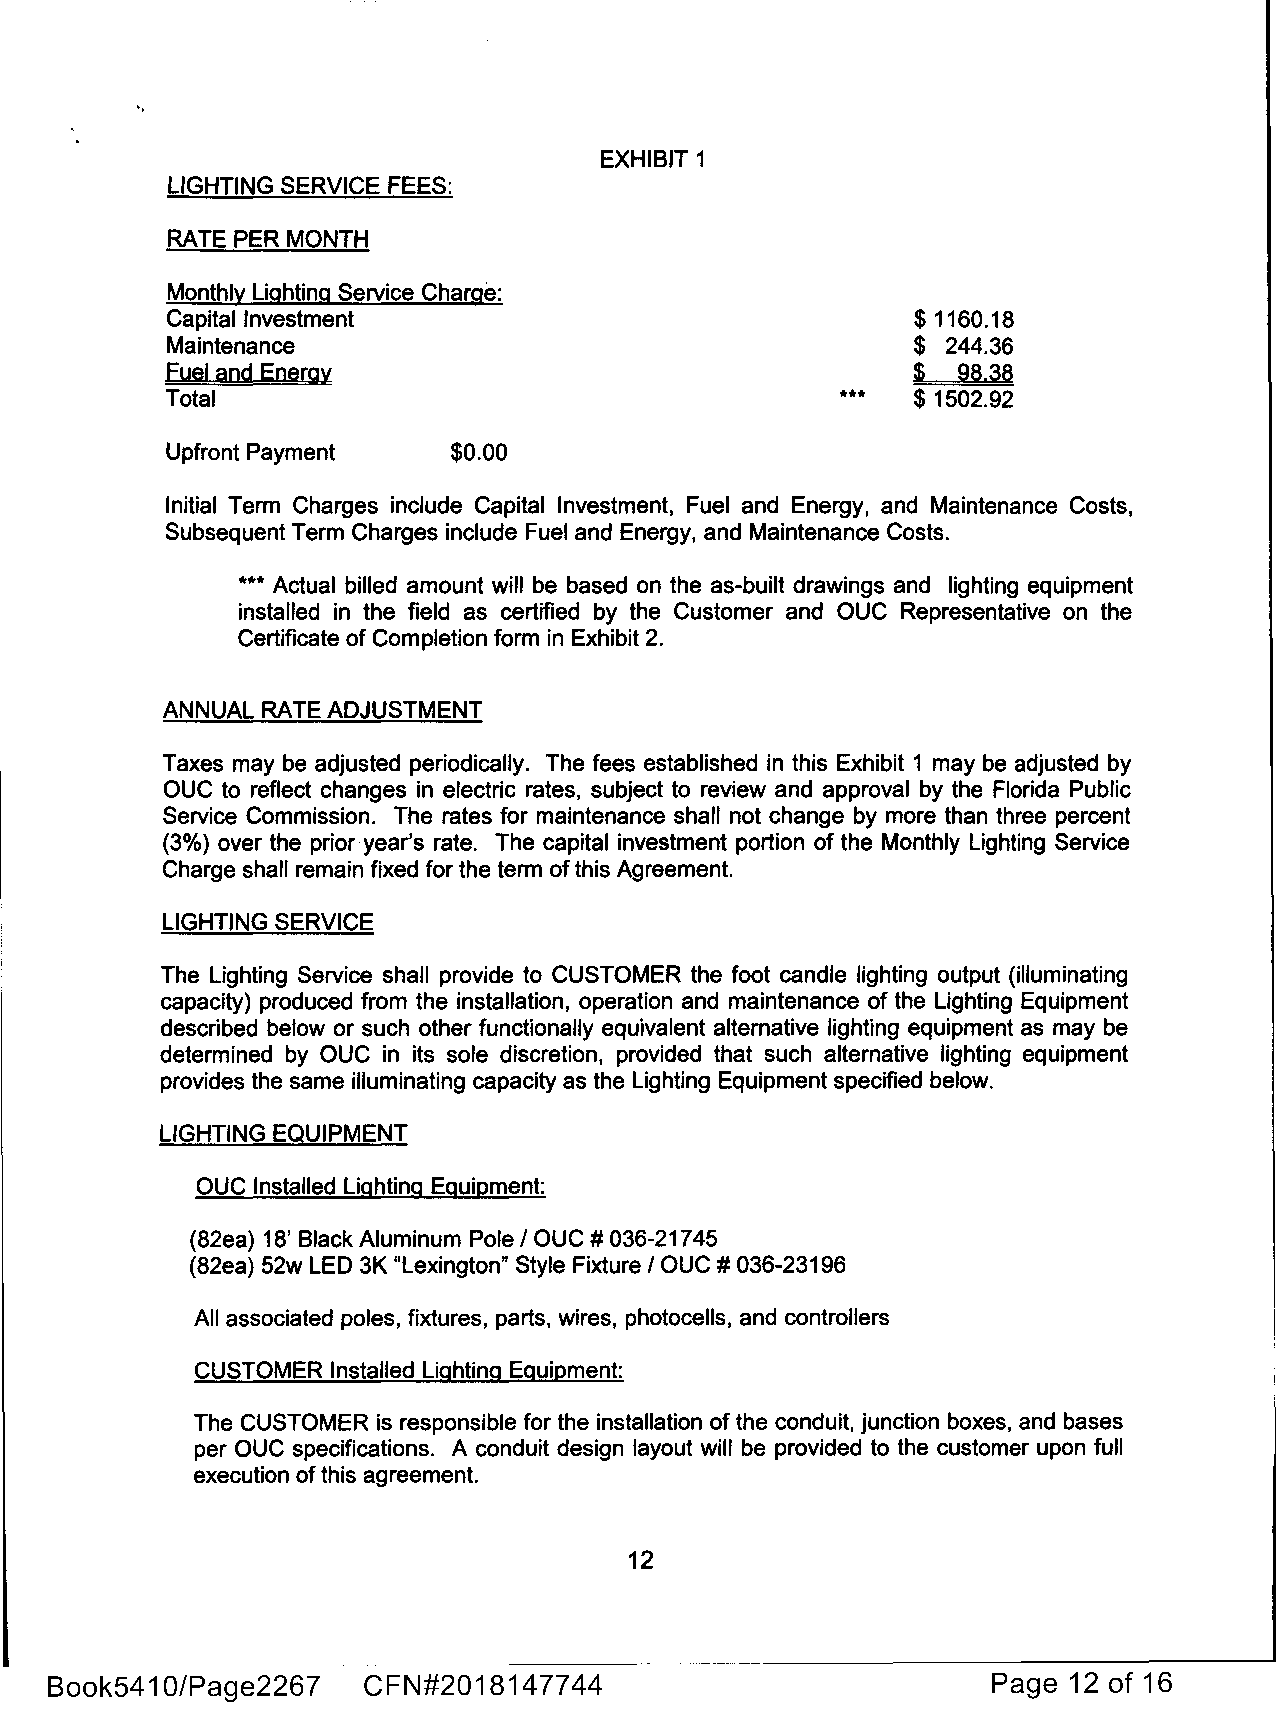
EXHIBIT 1
 LIGHTING SERVICE FEES:
 RATE PER MONTH
 Monthly Lighting Service Charge:
 Capital Investment                                $1160.18
 Maintenance                                       $ 244.36
 Fuel and Energy                                   $  98,38
 Total                                        ***  $ 1502.92
 Upfront Payment    $0.00
 Initial Term Charges include Capital Investment, Fuel and Energy, and Maintenance Costs,
 Subsequent Term Charges include Fuel and Energy, and Maintenance Costs.
 *** Actual billed amount will be based on the as-built drawings and lighting equipment
 installed in the field as certified by the Customer and OUC Representative on the
 Certificate of Completion form in Exhibit 2.
 ANNUAL RATE ADJUSTMENT
 Taxes may be adjusted periodically. The fees established in this Exhibit 1 may be adjusted by
 OUC to reflect changes in electric rates, subject to review and approval by the Florida Public
 Service Commission. The rates for maintenance shall not change by more than three percent
 (3%) over the prior year's rate. The capital investment portion of the Monthly Lighting Service
 Charge shall remain fixed for the term of this Agreement.
 LIGHTING SERVICE
 The Lighting Service shall provide to CUSTOMER the foot candle lighting output (illuminating
 capacity) produced from the installation, operation and maintenance of the Lighting Equipment
 described below or such other functionally equivalent alternative lighting equipment as may be
 determined by OUC in its sole discretion, provided that such alternative lighting equipment
 provides the same illuminating capacity as the Lighting Equipment specified below.
 LIGHTING EQUIPMENT
 OUC Installed Lighting Equipment:
 (82ea) 18' Black Aluminum Pole/ OUC # 036-21745
 (82ea) 52w LED 3K "Lexington" Style Fixture/ OUC # 036-23196
 All associated poles, fixtures, parts, wires, photocells, and controllers
 CUSTOMER Installed Lighting Equipment:
 The CUSTOMER is responsible for the installation of the conduit, junction boxes, and bases
 per OUC specifications. A conduit design layout will be provided to the customer upon full
 execution of this agreement.
 12
 Book541 0/Page2267   CFN#201814  77 44                         Page 12 of 16